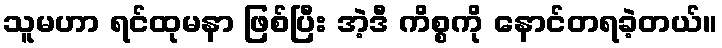
သူမဟာ ရင်ထုမနာ ဖြစ်ပြီး အဲ့ဒီ ကိစ္စကို နောင်တရခဲ့တယ်။